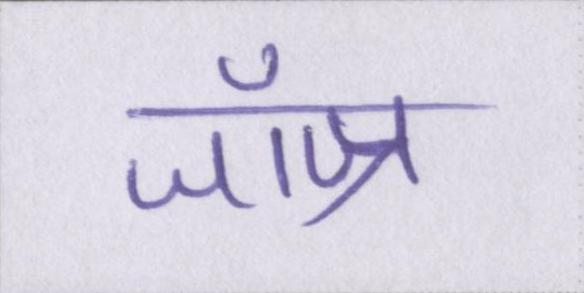
जॉज्र